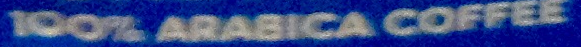
100% ARABICA COFFEE